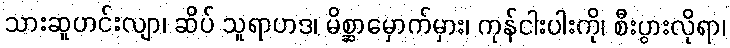
သားဆူဟင်းလျာ၊ ဆိပ် သူရာဟဒ၊ မိစ္ဆာမှောက်မှား၊ ကုန်ငါးပါးကို၊ စီးပွားလိုရာ၊